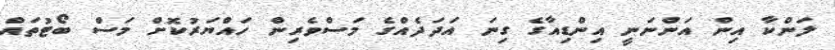
ލަންކާ އިން އަންނަނީ އިންޑިއާގެ ގިނަ އަދަދެއްގެ މަސްވެރިން ހައްޔަރުކޮށް މަސް ބޯޓުތައް